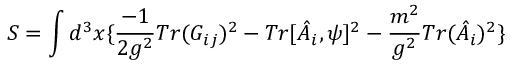
S = \int d ^ { 3 } x \{ \frac { - 1 } { 2 g ^ { 2 } } T r ( G _ { i j } ) ^ { 2 } - T r [ \hat { A } _ { i } , \psi ] ^ { 2 } - \frac { m ^ { 2 } } { g ^ { 2 } } T r ( \hat { A } _ { i } ) ^ { 2 } \}